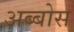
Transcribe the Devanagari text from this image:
अब्बोस